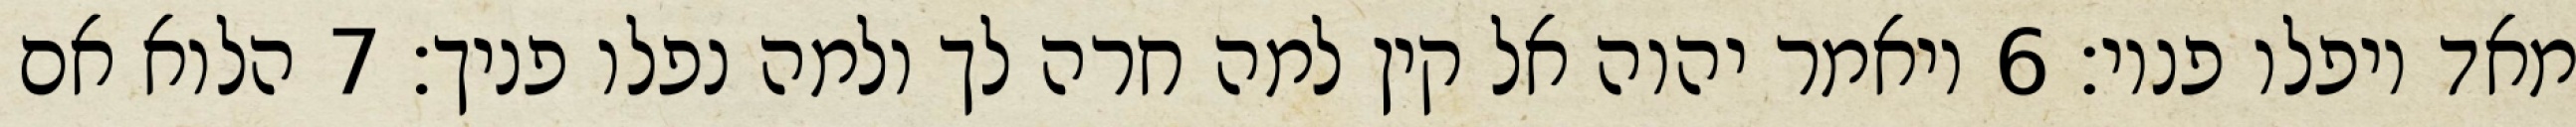
מאד ויפלו פניו׃ ‎6‏ ויאמר יהוה אל קין למה חרה לך ולמה נפלו פניך׃ ‎7‏ הלוא אם